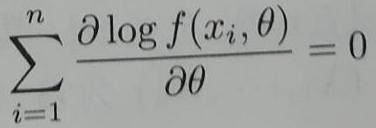
\[
\sum_{i = 1}^{n} \frac{\partial \log f(x_{i}, \theta)}{\partial \theta} = 0
\]